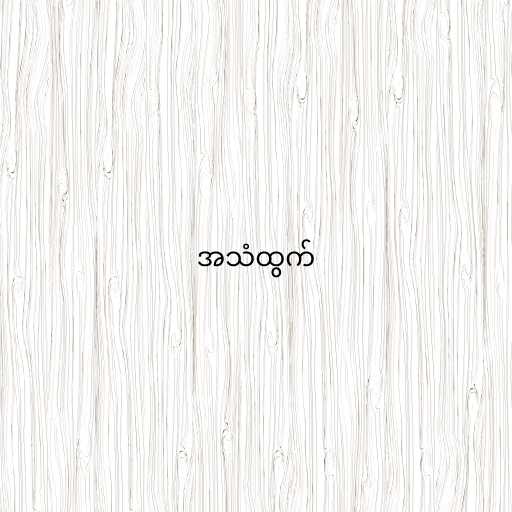
အသံထွက်